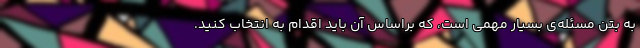
به بتن مسئله‌ی بسیار مهمی است، که براساس آن باید اقدام به انتخاب کنید.